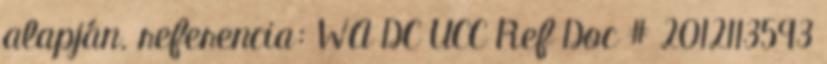
alapján. referencia: WA DC UCC Ref Doc # 2012113593